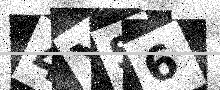
Text: 4YS6